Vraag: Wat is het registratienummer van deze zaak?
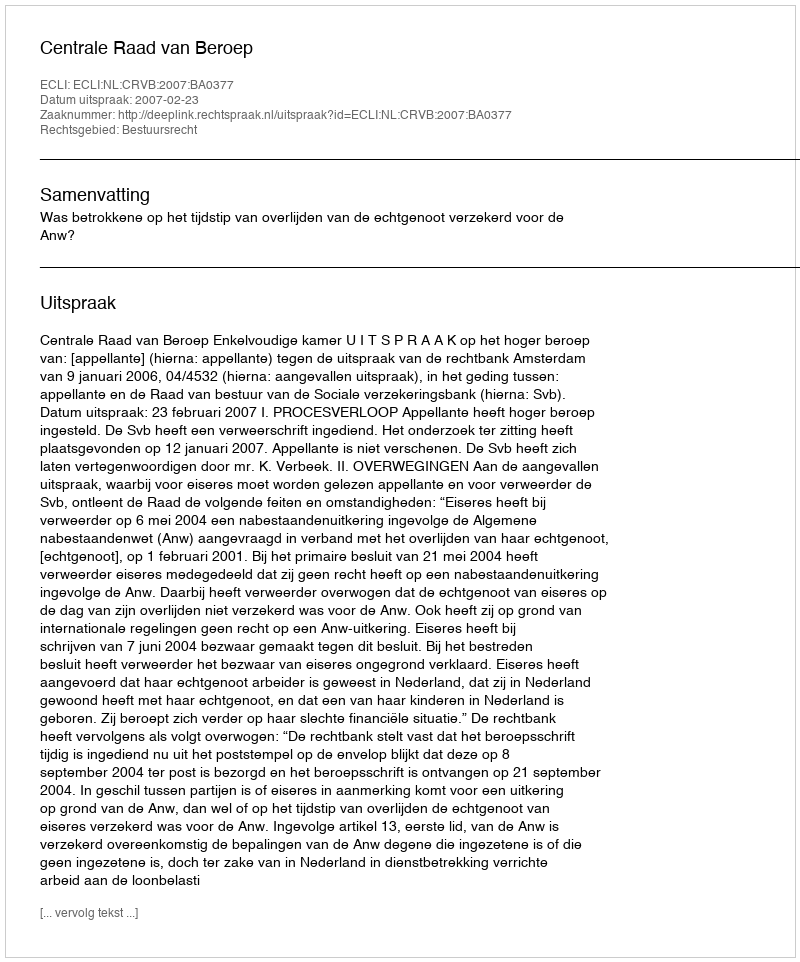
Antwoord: http://deeplink.rechtspraak.nl/uitspraak?id=ECLI:NL:CRVB:2007:BA0377